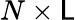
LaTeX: N\times\mathsf{L}